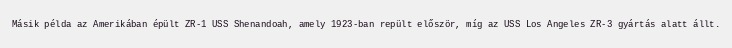
Másik példa az Amerikában épült ZR-1 USS Shenandoah, amely 1923-ban repült először, míg az USS Los Angeles ZR-3 gyártás alatt állt.